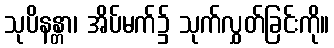
သုပိနန္တာ၊ အိပ်မက်၌ သုက်လွှတ်ခြင်းကို။